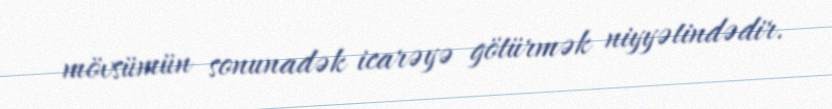
mövsümün sonunadək icarəyə götürmək niyyətindədir.